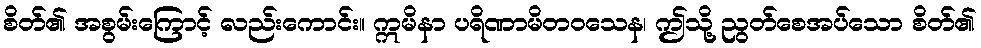
စိတ်၏ အစွမ်းကြောင့် လည်းကောင်း။ ဣမိနာ ပရိဏာမိတဝသေန၊ ဤသို့ ညွတ်စေအပ်သော စိတ်၏